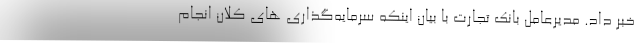
خبر داد. مدیرعامل بانک تجارت با بیان اینکه سرمایه‌گذاری های کلان انجام